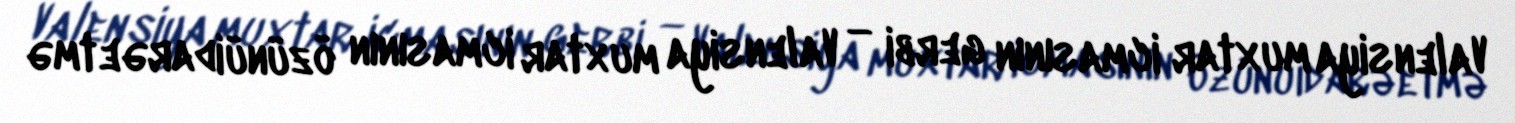
Valensiya muxtar icmasının gerbi — Valensiya muxtar icmasının özünüidarəetmə